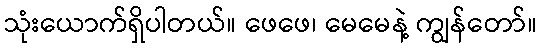
သုံးယောက်ရှိပါတယ်။ ဖေဖေ၊ မေမေနဲ့ ကျွန်တော်။